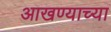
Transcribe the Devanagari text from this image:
आखण्याच्या